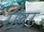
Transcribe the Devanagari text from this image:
रीड़र